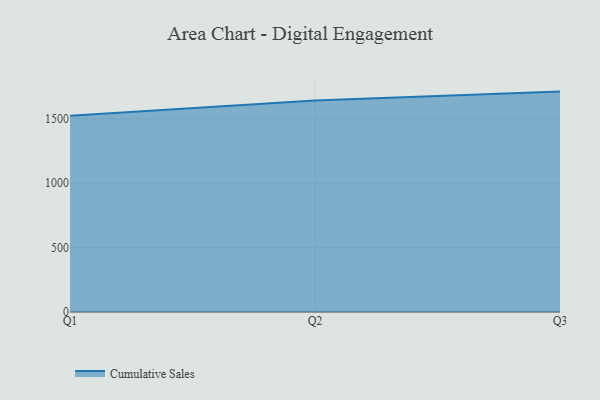
{"axis": {"x": "Quarter", "y": "Budget (USD K)"}, "legend": ["Cumulative Sales"], "data": [{"x": "Q1", "y": 1524.7, "type": "Cumulative Sales"}, {"x": "Q2", "y": 1643.3, "type": "Cumulative Sales"}, {"x": "Q3", "y": 1711.9, "type": "Cumulative Sales"}]}